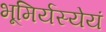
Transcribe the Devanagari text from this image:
भूमिर्यस्येयं